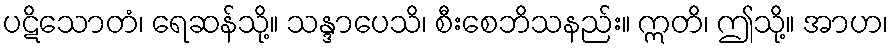
ပဋိသောတံ၊ ရေဆန်သို့။ သန္ဒာပေသိ၊ စီးစေဘိသနည်း။ ဣတိ၊ ဤသို့။ အာဟ၊